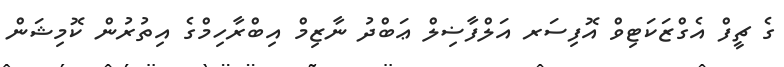
ގެ ޗީފް އެގްޒަކަޓިވް އޮފިސަރ އަލްފާޟިލް ޢަބްދު ނާޒިމް އިބްރާހިމްގެ އިތުރުން ކޮމިޝަން